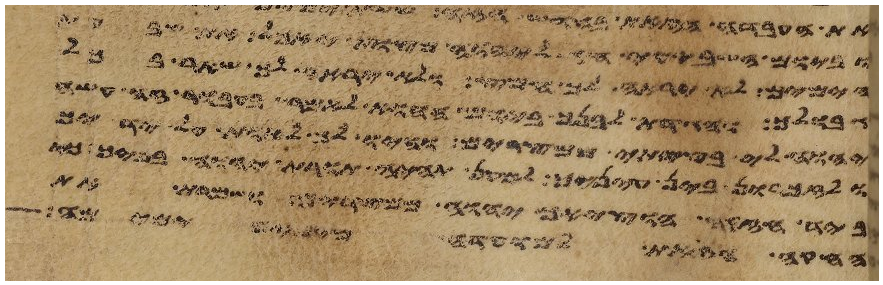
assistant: וביום השביעי חג ליהוה מצות יאכל את שבעת
הימים לא יראה לך חמץ ולא יראה לך שאר בכל
גבולך והגדת לבנך ביום ההוא לאמר בעבור זה עשה
יהוה לי בצאתי ממצרים והיו לך לאות על ידיך
ולזכרון בין עיניך למען תהיה תורת יהוה בפיך
ביד חזקה הוציאך יהוה ממצרים ושמרת את
החקה הזאת למועדה מימים ימימה